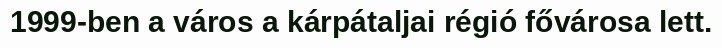
1999-ben a város a kárpátaljai régió fővárosa lett.